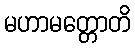
မဟာမတ္တောတိ